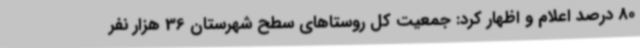
80 درصد اعلام و اظهار کرد: جمعیت کل روستاهای سطح شهرستان 36 هزار نفر